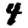
Digit: 4